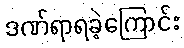
ဒဏ်ရာရခဲ့ကြောင်း